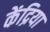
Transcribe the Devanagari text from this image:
केंद्रिया